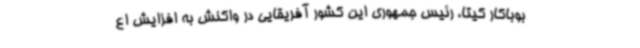
بوباکار کیتا، رئیس جمهوری این کشور آفریقایی در واکنش به افزایش اع